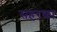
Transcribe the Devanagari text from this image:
सहरका